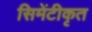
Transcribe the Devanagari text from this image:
सिमेंटीकृत